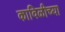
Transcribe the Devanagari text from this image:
काविळीच्या